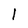
Character: l